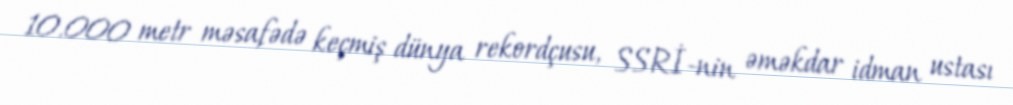
10.000 metr məsafədə keçmiş dünya rekordçusu, SSRİ-nin əməkdar idman ustası